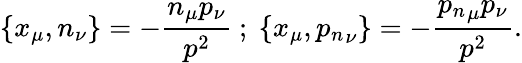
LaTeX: \{ x_{\mu},n_{\nu}\} =-\frac{n_{\mu}p_{\nu}}{p^{2}}~;~\{ x_{\mu},{p_{n}}_{\nu}\} =-\frac{{p_{n}}_{\mu}p_{\nu}}{p^{2}}.